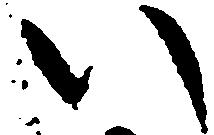
い